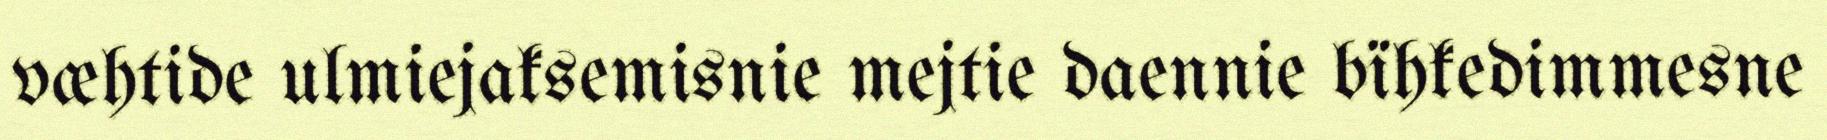
væhtide ulmiejaksemisnie mejtie daennie bïhkedimmesne